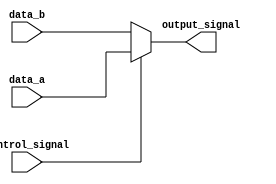
module conditional_assignment (
    input wire control_signal,     // Control signal for condition
    input wire [7:0] data_a,      // First data input
    input wire [7:0] data_b,      // Second data input
    output wire [7:0] output_signal // Output signal
);

// Continuous assignment using the ternary operator
assign output_signal = (control_signal) ? data_a : data_b;

endmodule